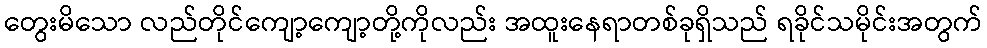
တွေးမိသော လည်တိုင်ကျော့ကျော့တို့ကိုလည်း အထူးနေရာတစ်ခုရှိသည် ရခိုင်သမိုင်းအတွက်